Report of the Municipal Commissioner on the plague in Bombay for the year ending 31st May... - Volume 3
Disease focus: Plague
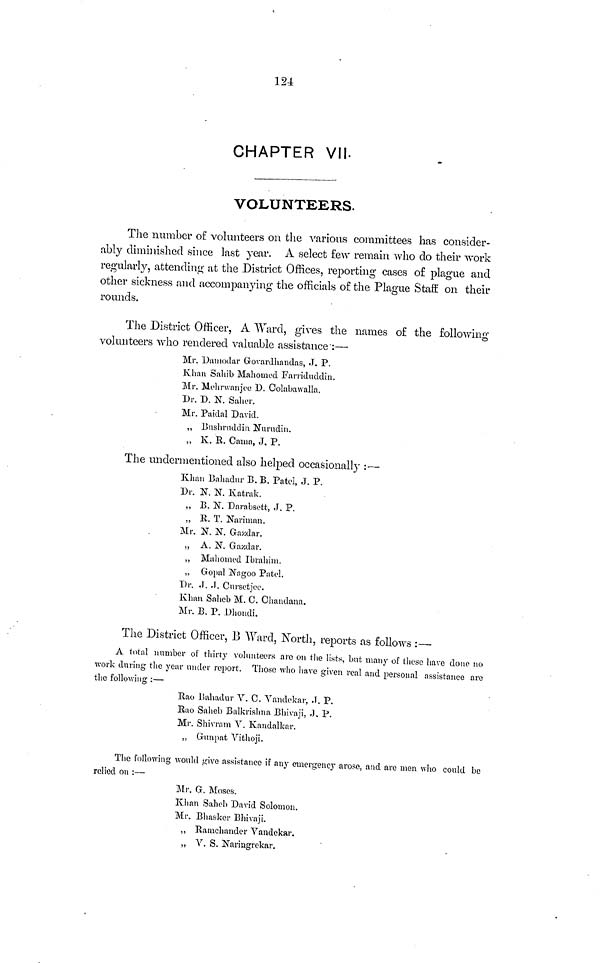
124
CHAPTER VII
VOLUNTEERS.
The number of volunteers on the various committees has consider-
ably diminished since last year. A select few remain who do their work
regularly, attending at the District Offices, reporting cases o£ plague and
other sickness and accompanying the officials of the Plague Staff on their
rounds.
The District Officer, A Ward, gives the names of the following
volunteers who rendered valuable assistance 1 :—
Mr. Damoclar Govardhandas, J. P.
Khan Sahib Mahomed Farriduddin.
Mr. Mehrwanjee D. Colabawalla.
Dr. D. N. Salier.
Mr. Paiclal David.
„ Bushrudclin Nurudin.
„ K. R. Cama, J. P.
The undermentioned also helped occasionally :—
Khan Bahadur B. B. Patel, J. P.
Dr. K N. Katrak.
„ B. N. Darabsett, J. P.
„ R. T. Nariman.
Mr. N. N. Gaxdar.
„ A. N. Gazdar.
,, Mahomed Ibrahim.
,, G opal Nagoo Patel.
Dr. J. J. Cursetjee.
Khan Saheb M. C. Chaudana.
Mr. B. P. Dhondi.
The District Officer, B AYard, North, reports as follows :—
A total number of thirty volunteers are on the lists, but many of these have done no
work during the year under report. Those who have given real and personal assistance are
the following :—
Rao Bahadur V. C. Vandekar, J. P.
Rao Saheb Balkrishna Bhivaji, ,J. P.
Mr. Shivram Y. Kandalkar.
,, Gunpat Vithoji.
The following would give assistance if any emergency arose, and are men who could be
relied on :—
Mr. G. Moses.
Khan Saheb David Solomon.
Mr. Bhasker Bhivaji.
,, Ramchander Yandekar.
„ V. S. Naringrekar.